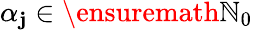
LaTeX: \alpha_{\mathbf{j}}\in\ensuremath{{\mathbb{{N}}}}_{0}